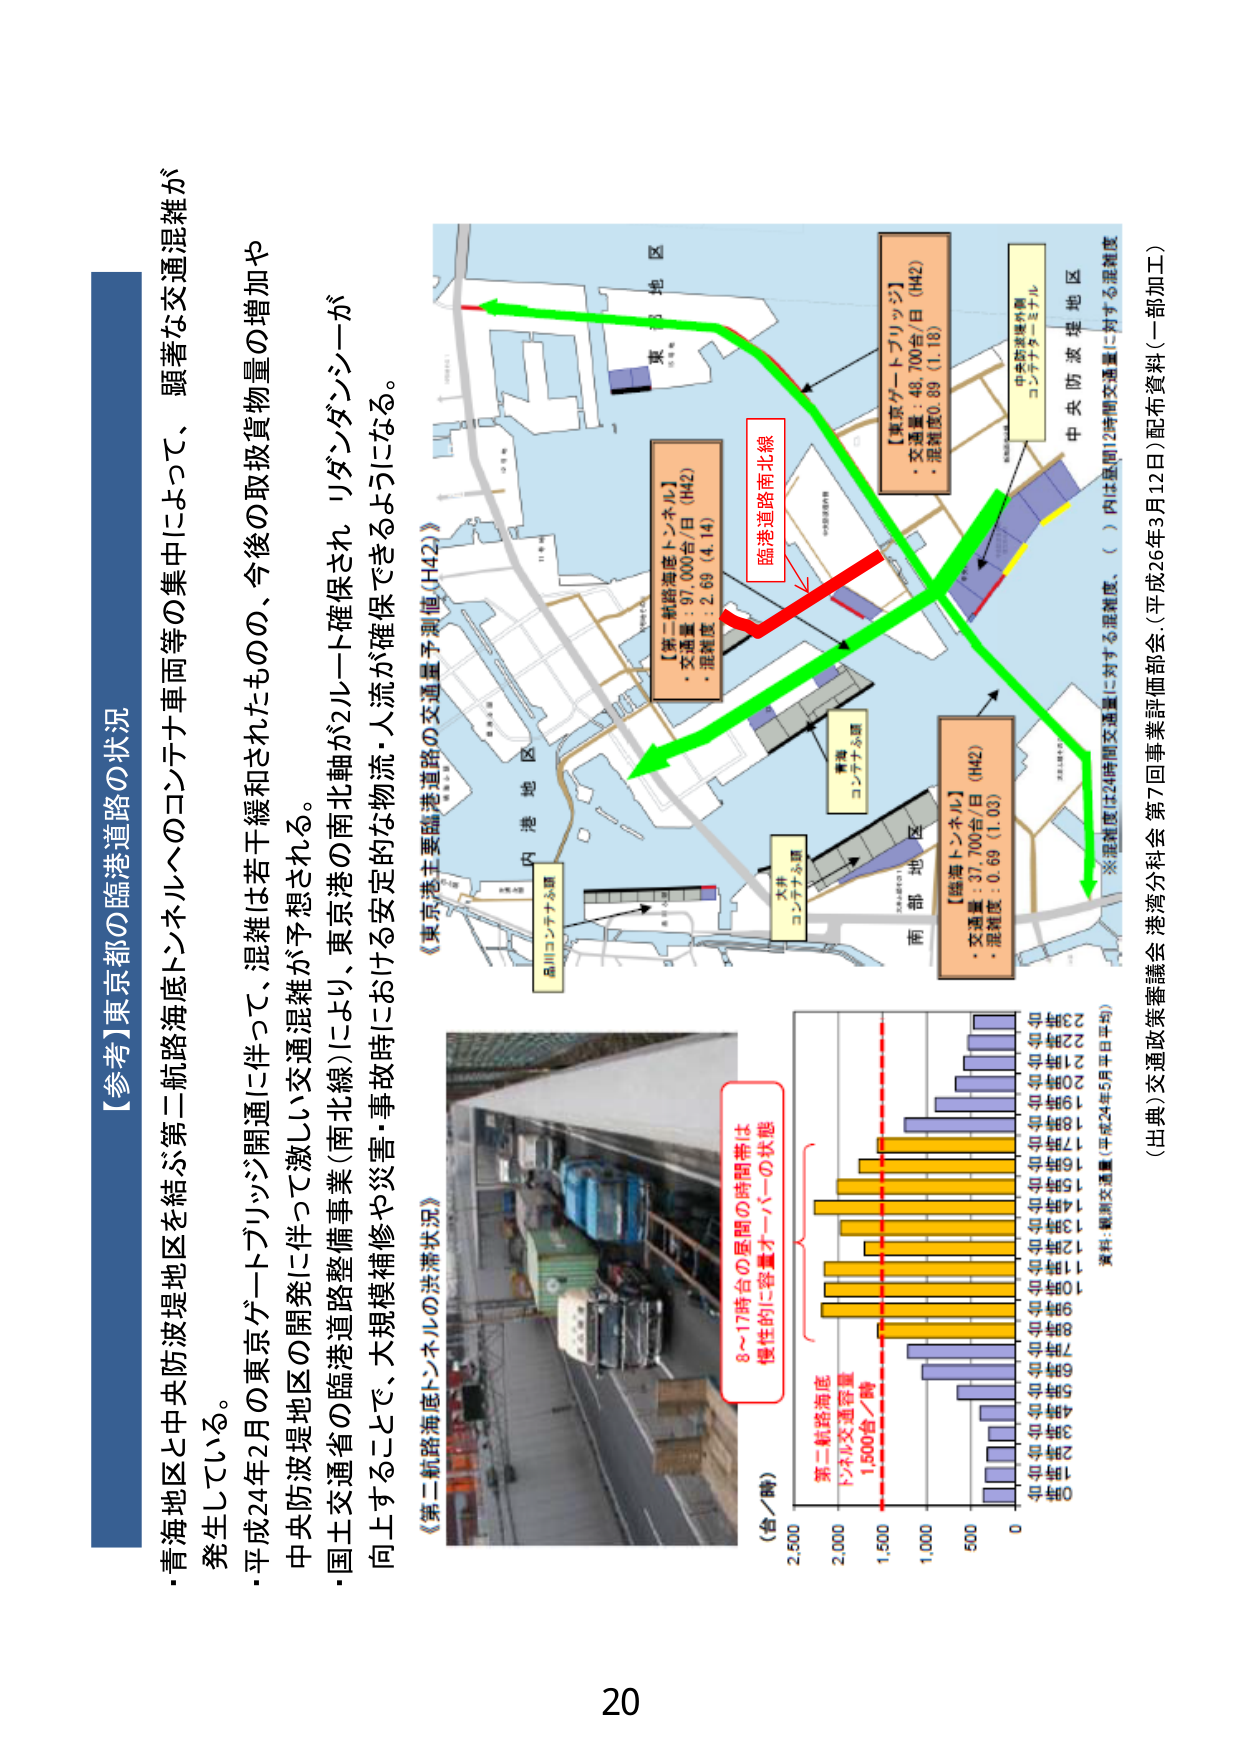
【参考】東京都の臨港道路の状況

・青海地区と中央防波堤地区を結ぶ第二航路海底トンネルへのコンテナ車両等の集中によって、顕著な交通混雑が発生している。

・平成24年2月の東京ゲートブリッジ開通に伴って、混雑は若干緩和されたものの、今後の取扱貨物量の増加や中央防波堤地区の開発に伴って激しい交通混雑が予想される。

・国土交通省の臨港道路整備事業（南北線）により、東京港の南北軸が2ルート確保され、リダンダンシーが向上することで、大規模補修や災害・事故時における安定的な物流・人流が確保できるようになる。

《東京港主要臨港道路の交通量予測値（H42）》
【第二航路海底トンネル】
・交通量：97,000台/日（H42）
・混雑度：2.69（4.14）

【東京ゲートブリッジ】
・交通量：48,700台/日（H42）
・混雑度0.89（1.18）

【臨海トンネル】
・交通量：37,700台/日（H42）
・混雑度：0.69（1.03）

臨港道路南北線

東海地区
内港地区
南部地区
中央防波堤地区

中防波堤外側
コンテナターミナル

東海
コンテナターミナル

大井
コンテナターミナル

品川コンテナターミナル

※混雑度は24時間交通量に対する混雑度、（ ）内は昼間12時間交通量に対する混雑度

《第二航路海底トンネルの渋滞状況》
8～17時台の昼間の時間帯は
慢性的に容量オーバーの状態

第二航路海底
トンネル交通容量
1,500台／時

（台／時）
2,500
2,000
1,500
1,000
500
0

平成24年5月平均
資料：観測交通量（平成24年5月平均）

（出典）交通政策審議会 港湾分科会 第7回事業評価部会（平成26年3月12日）配布資料（一部加工）

20